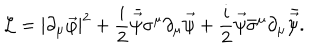
{ \cal L } = | \partial _ { \mu } \vec { \varphi } | ^ { 2 } + \frac { i } { 2 } \bar { \vec { \psi } } \sigma ^ { \mu } \partial _ { \mu } \vec { \psi } + \frac { i } { 2 } \vec { \psi } \bar { \sigma } ^ { \mu } \partial _ { \mu } \bar { \vec { \psi } } .